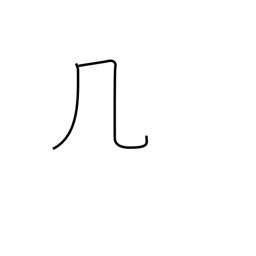
Meaning: table or windy radical (no. 16)